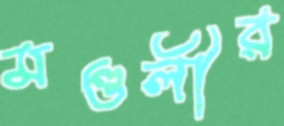
মণ্ডলীর